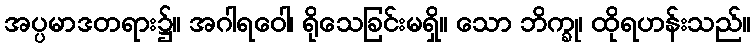
အပ္ပမာဒတရား၌။ အဂါရဝေါ၊ ရိုသေခြင်းမရှိ။ သော ဘိက္ခု၊ ထိုရဟန်းသည်။